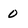
Character: 0